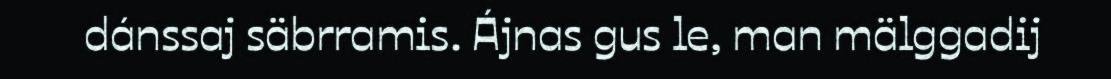
dánssaj säbrramis. Ájnas gus le, man mälggadij